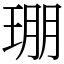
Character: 㻚